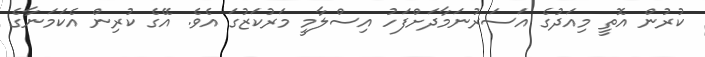
ކުރުން އޮތީ މިއަދުގެ އަސަރުނަމާދަށްފަހު އިސްލާމީ މަރުކަޒުގަ އެވެ. އޭގެ ކުރިން އެކަމަނާގެ